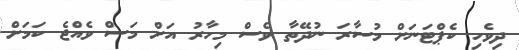
ދިވެހި ކެޕްޓަނަށް މުސާރަ ނުދޭތާ ވެސް މިހާރު އަށް މަސް ވެއްޖެ ކަމަށް